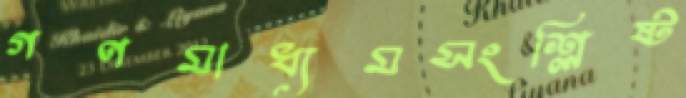
গণমাধ্যমসংশ্লিষ্ট